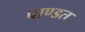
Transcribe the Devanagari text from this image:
चाण्डत